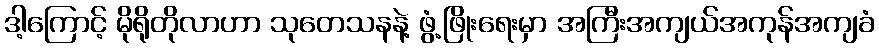
ဒါ့ကြောင့် မိုရိုတိုလာဟာ သုတေသနနဲ့ ဖွံ့ဖြိုးရေးမှာ အကြီးအကျယ်အကုန်အကျခံ